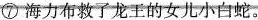
⑦海力布救了龙王的女儿小白蛇。